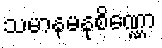
သမာနမနုစိဏ္ဏော